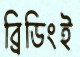
ব্রিডিংই